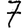
Digit: 7